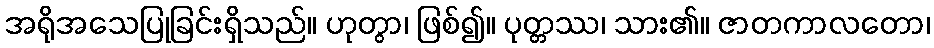
အရိုအသေပြုခြင်းရှိသည်။ ဟုတွာ၊ ဖြစ်၍။ ပုတ္တဿ၊ သား၏။ ဇာတကာလတော၊